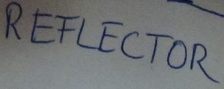
Text: REFLECTOR